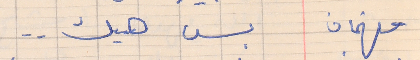
فهمان      بس هيك . .